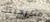
مسرحيتك